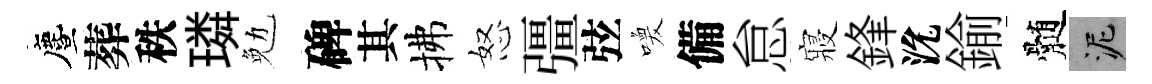
󵨌葬秩璘勉碑其拂怒彊弦喚備怠寢鋒沇鍮髄泥